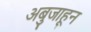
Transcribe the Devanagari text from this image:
अबुजाहून